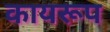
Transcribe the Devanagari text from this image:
कायरूप